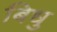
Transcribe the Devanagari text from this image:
बिधु